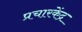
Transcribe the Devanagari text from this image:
प्रचारकेंद्र